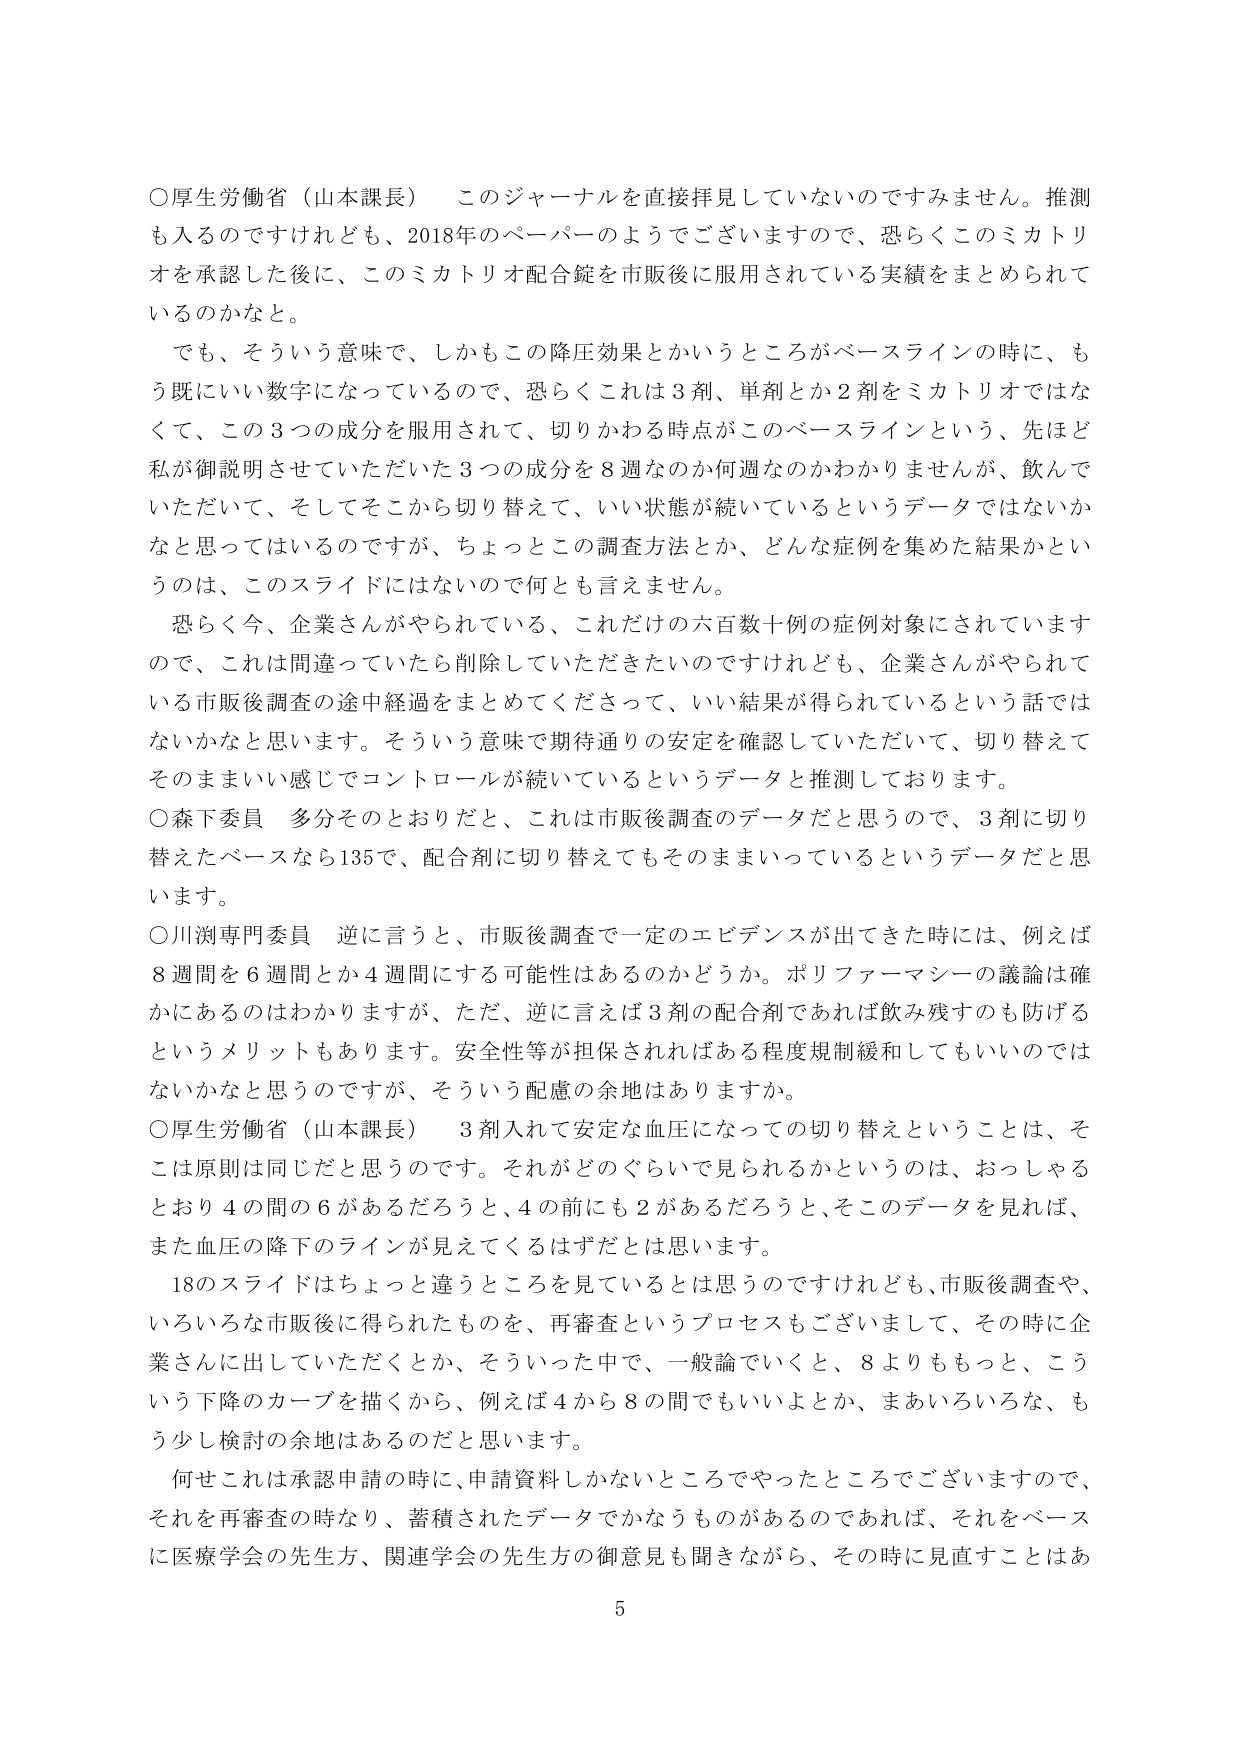
○厚生労働省（山本課長）　このジャーナルを直接拝見していないのですみません。推測も入るのですけれども、2018年のペーパーのようでございますので、恐らくこのミカトリオを承認した後に、このミカトリオ配合錠を市販後に服用されている実績をまとめられているのかなと。

でも、そういう意味で、しかもこの降圧効果とかいうところがベースラインの時に、もう既にいい数字になっているので、恐らくこれは3剤、単剤とか2剤をミカトリオではなくて、この3つの成分を服用されて、切りかわる時点がこのベースラインという、先ほど私が御説明させていただいた3つの成分を8週なのか何週なのかわかりませんが、飲んでいただいて、そしてそこから切り替えて、いい状態が続いているというデータではないかなと思ってはいるのですが、ちょっとこの調査方法とか、どんな症例を集めた結果かというのは、このスライドにはないので何とも言えません。

恐らく今、企業さんがやられている、これだけの六百数十例の症例対象にされていますので、これは間違っていたら削除していただきたいのですけれども、企業さんがやられている市販後調査の途中経過をまとめてくださって、いい結果が得られているという話ではないかなと思います。そういう意味で期待通りの安定を確認していただいて、切り替えてそのままいい感じでコントロールが続いているというデータと推測しております。

○森下委員　多分そのとおりだと、これは市販後調査のデータだと思うので、3剤に切り替えたベースなら135で、配合剤に切り替えてもそのままいっているというデータだと思います。

○川渕専門委員　逆に言うと、市販後調査で一定のエビデンスが出てきた時には、例えば8週間を6週間とか4週間にする可能性はあるのかどうか。ポリファーマシーの議論は確かにあるのはわかりますが、ただ、逆に言えば3剤の配合剤であれば飲み残すのも防げるというメリットもあります。安全性等が担保されればある程度規制緩和してもいいのではないかと思うのですが、そういう配慮の余地はありますか。

○厚生労働省（山本課長）　3剤入れて安定な血圧になっての切り替えということは、そこは原則は同じだと思うのです。それがどのぐらいで見られるかというのは、おっしゃるとおり4の間の6があるだろうと、4の前にも2があるだろうと、そこのデータを見れば、また血圧の降下のラインが見えてくるはずだとは思います。

18のスライドはちょっと違うところを見ているとは思うのですけれども、市販後調査や、いろいろな市販後に得られたものを、再審査というプロセスもございまして、その時に企業さんに出していただくとか、そういった中で、一般論でいくと、8よりももっと、こういう下降のカーブを描くから、例えば4から8の間でもいいよとか、まあいろいろな、もう少し検討の余地はあるのだと思います。

何せこれは承認申請の時に、申請資料しかないところでやったところでございますので、それを再審査の時なり、蓄積されたデータでかなうものがあるのであれば、それをベースに医療学会の先生方、関連学会の先生方の御意見も聞きながら、その時に見直すことはあ

5